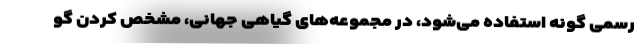
رسمی گونه استفاده می‌شود، در مجموعه‌های گیاهی جهانی، مشخص کردن گو